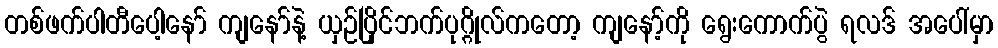
တစ်ဖက်ပါတီပေါ့နော် ကျနော်နဲ့ ယှဉ်ပြိုင်ဘက်ပုဂ္ဂိုလ်ကတော့ ကျနော့်ကို ရွေးကောက်ပွဲ ရလဒ် အပေါ်မှာ